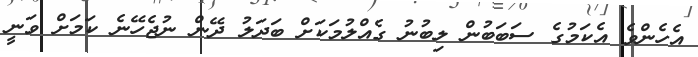
އެހެންވެ އެކަމުގެ ސަބަބުން ލިބުނު ގެއްލުމަކަށް ބަދަލު ދޭން ނުޖެހޭނެ ކަމަށް ވަނީ